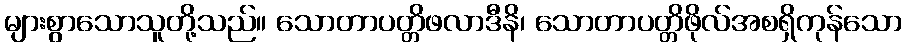
များစွာသောသူတို့သည်။ သောတာပတ္တိဖလာဒီနိ၊ သောတာပတ္တိဖိုလ်အစရှိကုန်သော